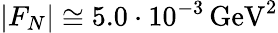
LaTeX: |F_{N}|\cong 5.0\cdot 10^{-3}\, \mathrm{GeV}^{2}